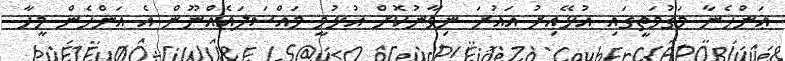
ޢަންހެނާ މަގުމަތީގައި އުޅޭއިރު އައުރަ ނިވާނުކޮށް އުޅުމީ މައްސަލައެއްނޫން އެ އަންހެން މީހާ